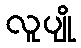
လူပျို